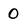
Character: 0